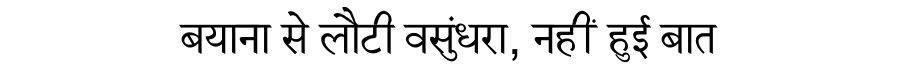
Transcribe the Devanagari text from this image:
बयाना से लौटी वसुंधरा, नहीं हुई बात